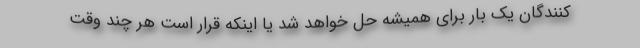
کنندگان یک بار برای همیشه حل خواهد شد یا اینکه قرار است هر چند وقت